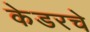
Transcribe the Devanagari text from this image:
केडरचे